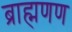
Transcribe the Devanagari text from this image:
ब्राह्मणण